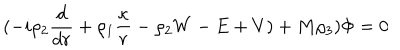
LaTeX: ( - i \rho _ { 2 } { \frac { d } { d r } } + \rho _ { 1 } { \frac { \kappa } { r } } - \rho _ { 2 } W - E + V ) + M \rho _ { 3 } ) \Phi = 0